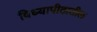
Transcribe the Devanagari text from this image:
विध्यापीठातील